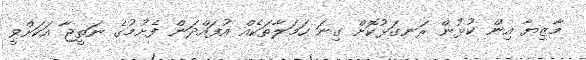
މާޒިޔާ އިން ކުޅުން ރަނގަޅުކޮށް ގިނަ ހަމަލާތަކެއް އުފައްދަން ފެށުމުގެ ނަތީޖާ އަކަށްވީ